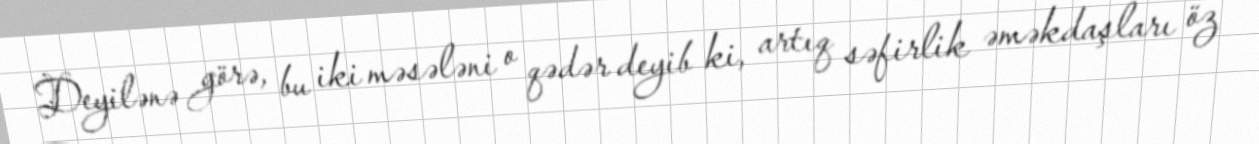
Deyilənə görə, bu iki məsələni o qədər deyib ki, artıq səfirlik əməkdaşları öz